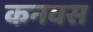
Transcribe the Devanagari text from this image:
कनवस